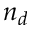
n _ { d }